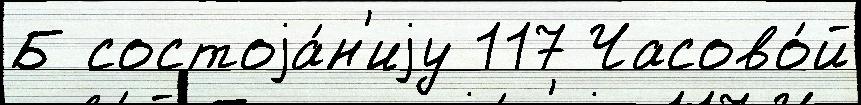
Б состоjа́н'иjу 117 Часово́й